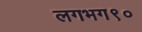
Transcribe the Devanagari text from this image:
लगभग९०